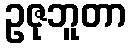
ဥဇုဘူတာ